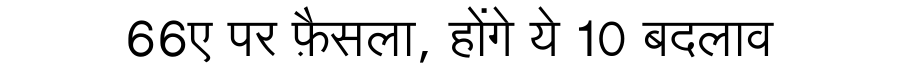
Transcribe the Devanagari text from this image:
66ए पर फ़ैसला, होंगे ये 10 बदलाव